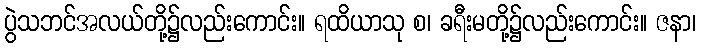
ပွဲသဘင်အလယ်တို့၌လည်းကောင်း။ ရထိယာသု စ၊ ခရီးမတို့၌လည်းကောင်း။ ဇနာ၊